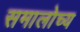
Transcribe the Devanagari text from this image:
समालोच्य